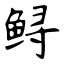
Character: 鲟